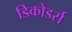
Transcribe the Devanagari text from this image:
डिकोडर्स